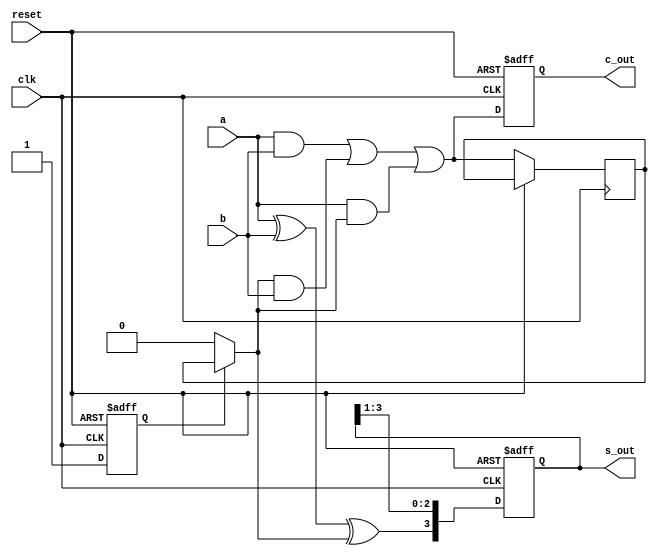
`timescale 1ns / 1ps
//////////////////////////////////////////////////////////////////////////////////
// Company: 
// Engineer: 
// 
// Design Name: 
// Module Name: SerialAdd
// Project Name: 
// Target Devices: 
// Tool Versions: 
// Description: 
// 
// Dependencies: 
// 
// Revision:
// Revision 0.01 - File Created
// Additional Comments:
// 
//////////////////////////////////////////////////////////////////////////////////


module SerialAdd(
    input a,
    input b,
      input clk,
    input reset,
    output reg c_out,
    output reg [3:0] s_out
    );
    reg s,c,en;
    always @(posedge clk, posedge reset)
    begin
        if(reset==1)begin
         s=0;
         c_out=0;
         en=0;
         s_out=4'b0;
        end
            else begin
            if(en==0)begin
                c=0;
                en=1;
                end
            
            s=a^b^c;
            c=(a&b)|(c&b)|(a&c);
            s_out={s,s_out[3:1]};
            c_out=c;
            end
    end
    
    
endmodule